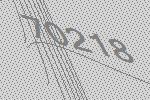
70218